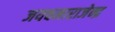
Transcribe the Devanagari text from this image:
जयचमाराजेन्द्र